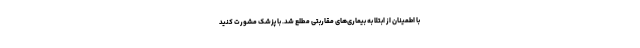
با اطمینان از ابتلا به بیماری‌های مقاربتی مطلع شد. با پزشک مشورت کنید